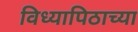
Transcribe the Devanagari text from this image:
विध्यापिठाच्या